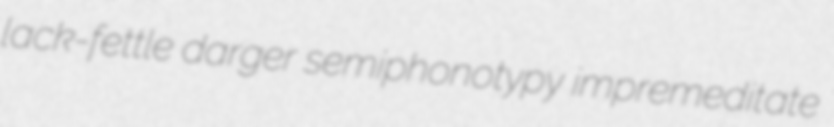
lack-fettle darger semiphonotypy impremeditate